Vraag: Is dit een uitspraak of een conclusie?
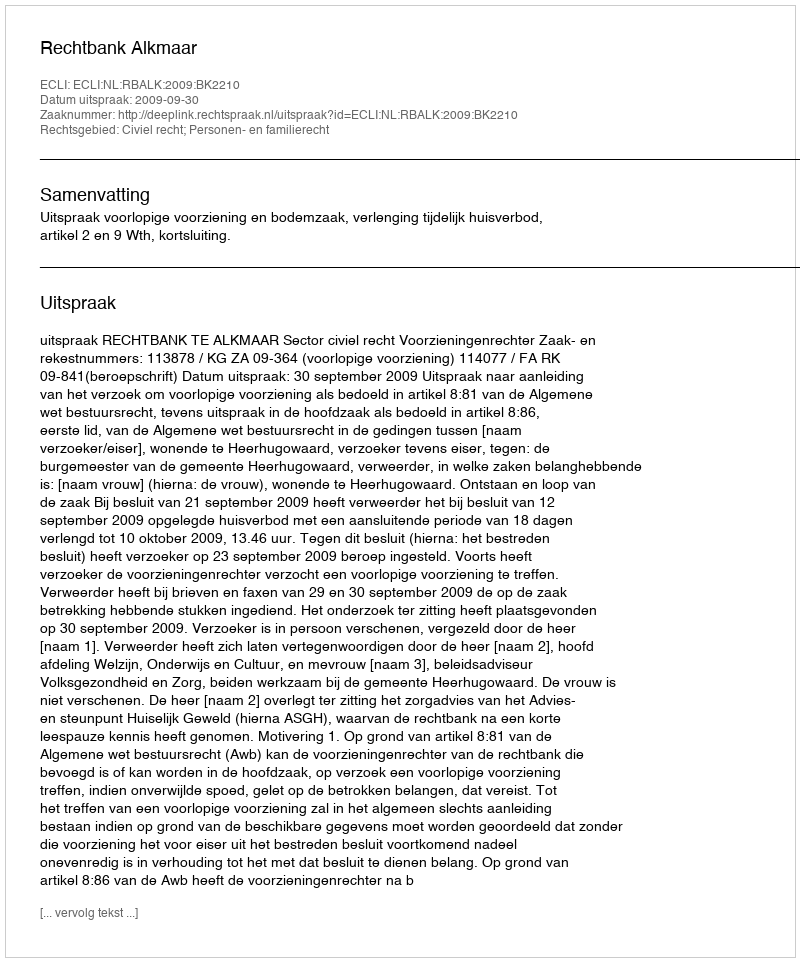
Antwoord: Uitspraak